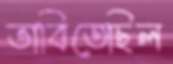
ভাবিতেছিল